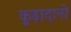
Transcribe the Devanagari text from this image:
कूड़ादानों